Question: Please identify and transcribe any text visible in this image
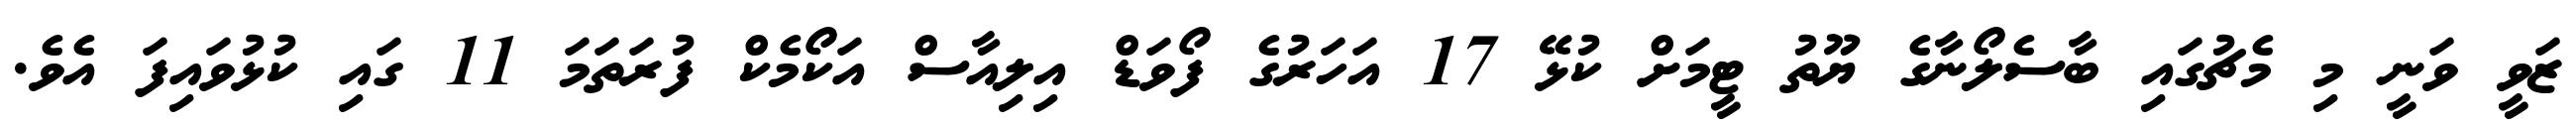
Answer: ޒަވީ ވަނީ މި މެޗުގައި ބާސެލޯނާގެ ޔޫތު ޓީމަށް ކުޅޭ 17 އަހަރުގެ ފޯވަޑް އިލިއާސް އަކޯމެކް ފުރަތަމަ 11 ގައި ކުޅުވައިފަ އެވެ.